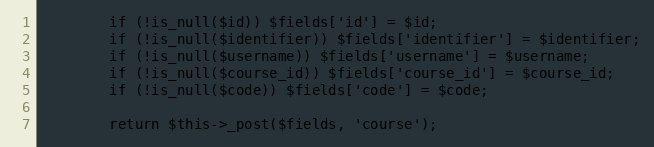
Language: PHP
        if (!is_null($id)) $fields['id'] = $id;
        if (!is_null($identifier)) $fields['identifier'] = $identifier;
        if (!is_null($username)) $fields['username'] = $username;
        if (!is_null($course_id)) $fields['course_id'] = $course_id;
        if (!is_null($code)) $fields['code'] = $code;

        return $this->_post($fields, 'course');